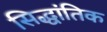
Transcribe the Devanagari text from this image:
सिद्धांतिक